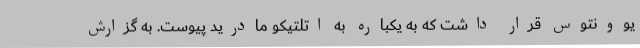
یوونتوس قرار داشت که به یکباره به اتلتیکو مادرید پیوست. به گزارش